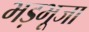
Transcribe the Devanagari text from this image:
भड़भूजा